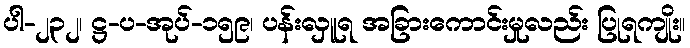
ပါ-၂၃၂၊ ဋ္ဌ-ပ-အုပ်-၁၅၉၊ ပန်းလှူရ အခြားကောင်းမှုလည်း ပြုရကျိုး။